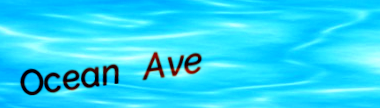
Ocean Ave